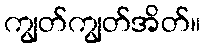
ကျွတ်ကျွတ်အိတ်။